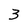
Character: 3